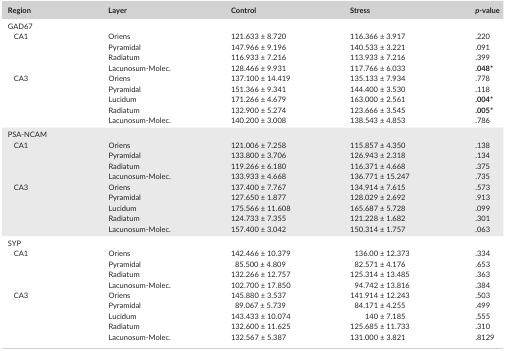
<table><thead><tr><td><b>Region</b></td><td><b>Layer</b></td><td><b>Control</b></td><td><b>Stress</b></td><td><b><i>p</i>‐value</b></td></tr></thead><tbody><tr><td colspan="5">GAD67</td></tr><tr><td rowspan="4">CA1</td><td>Oriens</td><td>121.633 ± 8.720</td><td>116.366 ± 3.917</td><td>.220</td></tr><tr><td>Pyramidal</td><td>147.966 ± 9.196</td><td>140.533 ± 3.221</td><td>.091</td></tr><tr><td>Radiatum</td><td>116.933 ± 7.216</td><td>113.933 ± 7.216</td><td>.399</td></tr><tr><td>Lacunosum‐Molec.</td><td>128.466 ± 9.931</td><td>117.766 ± 6.033</td><td><b>.048*</b></td></tr><tr><td rowspan="5">CA3</td><td>Oriens</td><td>137.100 ± 14.419</td><td>135.133 ± 7.934</td><td>.778</td></tr><tr><td>Pyramidal</td><td>151.366 ± 9.341</td><td>144.400 ± 3.530</td><td>.118</td></tr><tr><td>Lucidum</td><td>171.266 ± 4.679</td><td>163.000 ± 2.561</td><td><b>.004*</b></td></tr><tr><td>Radiatum</td><td>132.900 ± 5.274</td><td>123.666 ± 3.545</td><td><b>.005*</b></td></tr><tr><td>Lacunosum‐Molec.</td><td>140.200 ± 3.008</td><td>138.543 ± 4.853</td><td>.786</td></tr><tr><td colspan="5">PSA‐NCAM</td></tr><tr><td rowspan="4">CA1</td><td>Oriens</td><td>121.006 ± 7.258</td><td>115.857 ± 4.350</td><td>.138</td></tr><tr><td>Pyramidal</td><td>133.800 ± 3.706</td><td>126.943 ± 2.318</td><td>.134</td></tr><tr><td>Radiatum</td><td>119.266 ± 6.180</td><td>116.371 ± 4.668</td><td>.375</td></tr><tr><td>Lacunosum‐Molec.</td><td>133.933 ± 4.668</td><td>136.771 ± 15.247</td><td>.735</td></tr><tr><td rowspan="5">CA3</td><td>Oriens</td><td>137.400 ± 7.767</td><td>134.914 ± 7.615</td><td>.573</td></tr><tr><td>Pyramidal</td><td>127.650 ± 1.877</td><td>128.029 ± 2.692</td><td>.913</td></tr><tr><td>Lucidum</td><td>175.566 ± 11.608</td><td>165.687 ± 5.728</td><td>.099</td></tr><tr><td>Radiatum</td><td>124.733 ± 7.355</td><td>121.228 ± 1.682</td><td>.301</td></tr><tr><td>Lacunosum‐Molec.</td><td>157.400 ± 3.042</td><td>150.314 ± 1.757</td><td>.063</td></tr><tr><td colspan="5">SYP</td></tr><tr><td rowspan="4">CA1</td><td>Oriens</td><td>142.466 ± 10.379</td><td>136.00 ± 12.373</td><td>.334</td></tr><tr><td>Pyramidal</td><td>85.500 ± 4.809</td><td>82.571 ± 4.176</td><td>.653</td></tr><tr><td>Radiatum</td><td>132.266 ± 12.757</td><td>125.314 ± 13.485</td><td>.363</td></tr><tr><td>Lacunosum‐Molec.</td><td>102.700 ± 17.850</td><td>94.742 ± 13.816</td><td>.384</td></tr><tr><td rowspan="5">CA3</td><td>Oriens</td><td>145.880 ± 3.537</td><td>141.914 ± 12.243</td><td>.503</td></tr><tr><td>Pyramidal</td><td>89.067 ± 5.739</td><td>84.171 ± 4.255</td><td>.499</td></tr><tr><td>Lucidum</td><td>143.433 ± 10.074</td><td>140 ± 7.185</td><td>.555</td></tr><tr><td>Radiatum</td><td>132.600 ± 11.625</td><td>125.685 ± 11.733</td><td>.310</td></tr><tr><td>Lacunosum‐Molec.</td><td>132.567 ± 5.387</td><td>131.000 ± 3.821</td><td>.8129</td></tr></tbody></table>